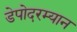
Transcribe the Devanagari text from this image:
डेपोदरम्यान